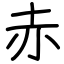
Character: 赤